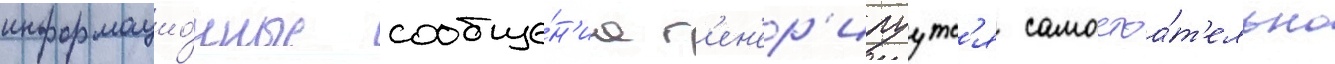
информацио́нные сообще́н'иа г'ен'ер'ируутс'я самостоа́т'ельно